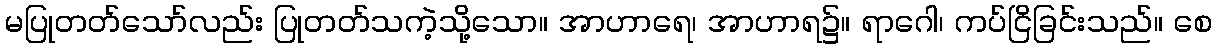
မပြုတတ်သော်လည်း ပြုတတ်သကဲ့သို့သော။ အာဟာရေ၊ အာဟာရ၌။ ရာဂေါ၊ ကပ်ငြိခြင်းသည်။ စေ